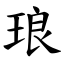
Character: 琅